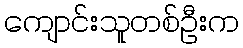
ကျောင်းသူတစ်ဦးက